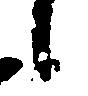
候